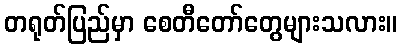
တရုတ်ပြည်မှာ စေတီတော်တွေများသလား။